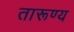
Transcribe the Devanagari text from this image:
तारूण्य